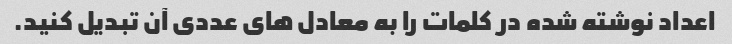
اعداد نوشته شده در کلمات را به معادل های عددی آن تبدیل کنید.